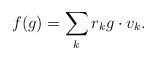
LaTeX: \begin{align*}f(g)= \sum_k r_k g\cdot v_{k}.\end{align*}